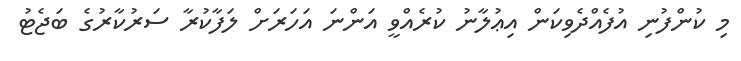
މި ކުންފުނި އުފެއްދެވިކަން އިޢުލާނު ކުރެއްވީ އަންނަ އަހަރަށް ލަފާކުރާ ސަރުކާރުގެ ބަޖެޓު